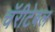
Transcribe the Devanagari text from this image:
चॅरीटेबल